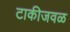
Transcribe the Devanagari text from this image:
टाकीजवळ